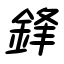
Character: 鋒